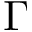
\Gamma